Indian journal of veterinary science and animal husbandry - Volume 14,
Year: 1944
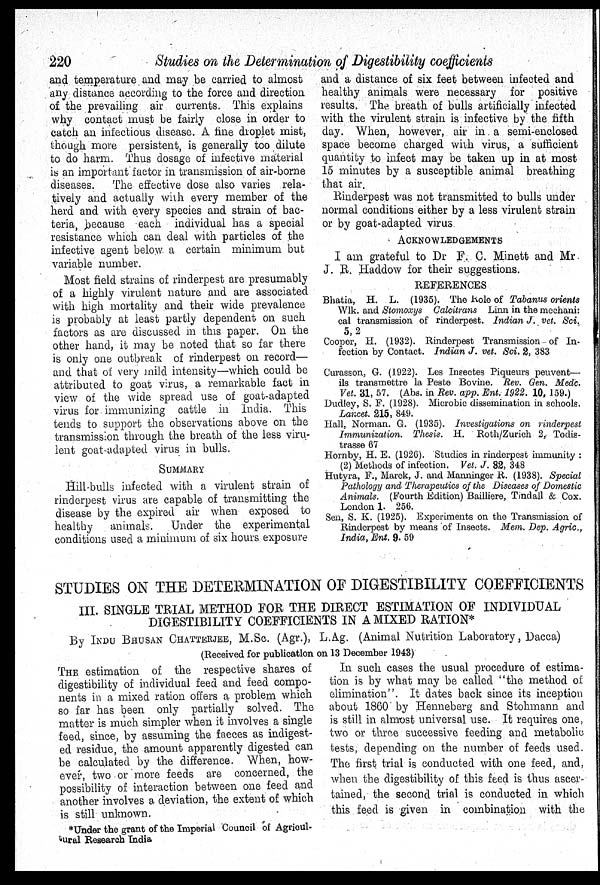
220
Studies on the Determination of Digestibility coefficients
and temperature and may be carried to almost
any distance according to the force and direction
of the prevailing air currents. This explains
why contact must be fairly close in order to
catch an infectious disease. A fine droplet mist,
though more persistent, is generally too dilute
to do harm. Thus dosage of infective material
is an important factor in transmission of air-borne
diseases.
The effective dose also varies rela-
tively and actually with every member of the
herd and with every species and strain of bac-
teria, because each individual has a special
resistance which can deal with particles of the
infective agent below a certain minimum but
variable number.
Most field strains of rinderpest are presumably
of a highly virulent nature and are associated
with high mortality and their wide prevalence
is probably at least partly dependent on such
factors as are discussed in this paper. On the
other hand, it may be noted that so far there
is only one outbreak of rinderpest on record—
and that of very mild intensity—which could be
attributed to goat virus, a remarkable fact in
view of the wide spread use of goat-adapted
virus for immunizing cattle in India. This
tends to support the observations above on the
transmission through the breath of the less viru-
lent goat-adapted virus in bulls.
SUMMARY
Hill-bulls infected with a virulent strain of
rinderpest virus are capable of transmitting the
disease by the expired air when exposed to
healthy
animals.
Under the experimental
conditions used a minimum of six hours exposure
and a distance of six feet between infected and
healthy animals were necessary for positive
results. The breath of bulls artificially infected
with the virulent strain is infective by the fifth
day. When, however, air in a semi-enclosed
space become charged with virus, a sufficient
quantity to infect may be taken up in at most
15 minutes by a susceptible animal breathing
that air.
Rinderpest was not transmitted to bulls under
normal conditions either by a less virulent strain
or by goat-adapted virus.
ACKNOWLEDGEMENTS
I am grateful to Dr F. C. Minett and Mr.
J. R. Haddow for their suggestions.
REFERENCES
Bhatia, H. L. (1935). The Role of Tabanus orients
Wlk. and Stomoxys Calcitrans Linn in the mechani:
cal transmission of rinderpest. Indian J. vet. Sci.
5, 2
Cooper, H. (1932). Rinderpest Transmission of In-
fection by Contact. Indian J. vet. Sci. 2, 383
Curasson, G. (1922). Les Insectes Piqueurs peuvent—
ils transmettre la Peste Bovine. Rev. Gen. Medc.
Vet. 31, 57. (Abs. in Rev. app. Ent. 1922. 10, 159.)
Dudley, S. F. (1928). Microbic dissemination in schools.
Lancet. 215, 849.
Hall, Norman. G. (1935). Investigations on rinderpest
Immunization. Thesis. H. Roth/Zurich 2, Todis¬
trasse 67
Hornby, H. E. (1926). Studies in rinderpest immunity :
(2) Methods of infection. Vet. J. 82, 348
Hutyra, F., Marek, J. and Manninger R. (1938). Special
Pathology and Therapeutics of the Diseases of Domestic
Animals. (Fourth Edition) Bailliere, Tindall & Cox.
London 1. 256.
Sen, S. K. (1925). Experiments on the Transmission of
Rinderpest by means of Insects. Mem. Dep. Agric.,
India, Ent. 9. 59
STUDIES ON THE DETERMINATION OF DIGESTIBILITY COEFFICIENTS
III. SINGLE TRIAL METHOD FOR THE DIRECT ESTIMATION OF INDIVIDUAL
DIGESTIBILITY COEFFICIENTS IN A MIXED RATION*
By INDU BHUSHAN CHATTERJEE, M.Sc. (Agr.), L.Ag. (Animal Nutrition Laboratory, Dacca)
(Received for publication on 13 December 1943)
THE estimation of the respective shares of
digestibility of individual feed and feed compo-
nents in a mixed ration offers a problem which
so far has been only partially solved. The
matter is much simpler when it involves a single
feed, since, by assuming the faeces as indigest-
ed residue, the amount apparently digested can
be calculated by the difference. When, how-
ever, two or more feeds are concerned, the
possibility of interaction between one feed and
another involves a deviation, the extent of which
is still unknown.
*Under the grant of the Imperial Council of Agricul-
tural Research India
In such cases the usual procedure of estima-
tion is by what may be called "the method of
elimination". It dates back since its inception
about 1860 by Henneberg and Stohmann and
is still in almost universal use. It requires one,
two or three successive feeding and metabolic
tests, depending on the number of feeds used.
The first trial is conducted with one feed, and,
when the digestibility of this feed is thus ascer-
tained, the second trial is conducted in which
this feed is given in combination with the